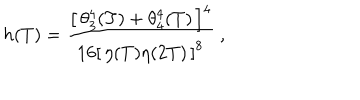
LaTeX: h ( T ) = \frac { \left[ \, \theta _ { 3 } ^ { 4 } ( T ) + \theta _ { 4 } ^ { 4 } ( T ) \, \right] ^ { 4 } } { 1 6 \left[ \, \eta ( T ) \eta ( 2 T ) \, \right] ^ { 8 } } \ ,